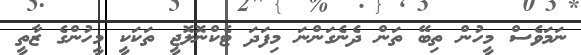
ނަމަވެސް މީހުން ތިބޭ ތަން ދެނެގަންނަ މިފަދަ ޓެކްނޮލޮޖީ ތަކަކީ މީހުންގެ ޒާތީ